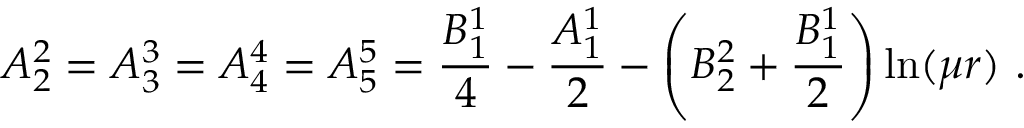
A _ { 2 } ^ { 2 } = A _ { 3 } ^ { 3 } = A _ { 4 } ^ { 4 } = A _ { 5 } ^ { 5 } = \frac { B _ { 1 } ^ { 1 } } 4 - \frac { A _ { 1 } ^ { 1 } } 2 - \left( B _ { 2 } ^ { 2 } + \frac { B _ { 1 } ^ { 1 } } 2 \right) \ln ( \mu r ) \ .